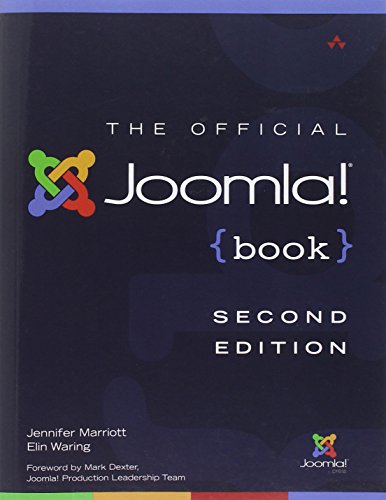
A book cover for The Official Joomla! Book (2nd Edition) (Joomla! Press); Jennifer Marriott; Computers & Technology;